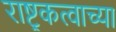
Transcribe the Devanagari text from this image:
राष्ट्रकत्वाच्या